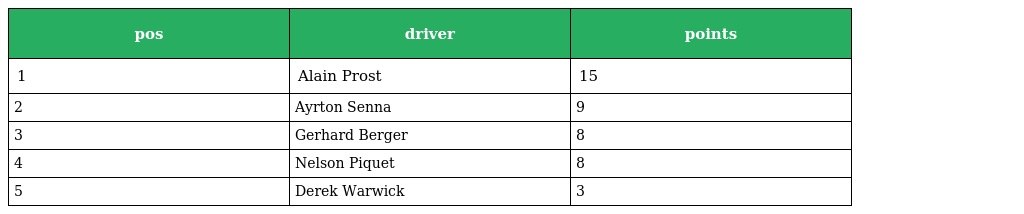
| pos | driver | points |
 | --- | --- | --- |
 | 1 | Alain Prost | 15 |
 | 2 | Ayrton Senna | 9 |
 | 3 | Gerhard Berger | 8 |
 | 4 | Nelson Piquet | 8 |
 | 5 | Derek Warwick | 3 |